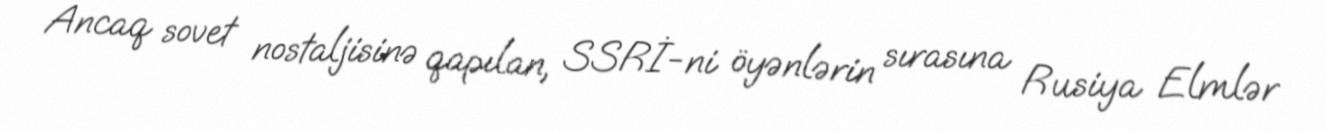
Ancaq sovet nostaljisinə qapılan, SSRİ-ni öyənlərin sırasına Rusiya Elmlər